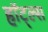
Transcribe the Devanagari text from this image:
हॉट्ल्स